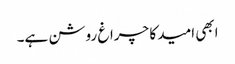
ابھی امید کا چراغ روشن ہے۔